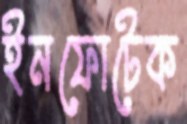
ইনফোটেক